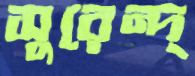
সুরেন্দ্